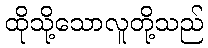
ထိုသို့သောလူတို့သည်